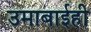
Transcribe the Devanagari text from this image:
उमाबाईही